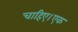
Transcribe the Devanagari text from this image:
चाहिए।एक